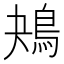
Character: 鴂